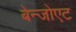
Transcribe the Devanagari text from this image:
बेन्जोएट